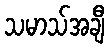
သမာသ်အချီ